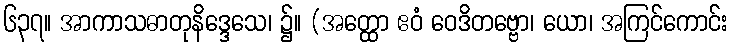
၆၃၇။ အာကာသဓာတုနိဒ္ဒေသေ၊ ၌။ (အတ္ထော ဧဝံ ဝေဒိတဗ္ဗော၊ ယော၊ အကြင်ကောင်း